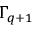
\Gamma _ { q + 1 }